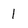
Character: 1